Annual administration and progress report of the Indian Medical Department, Bombay
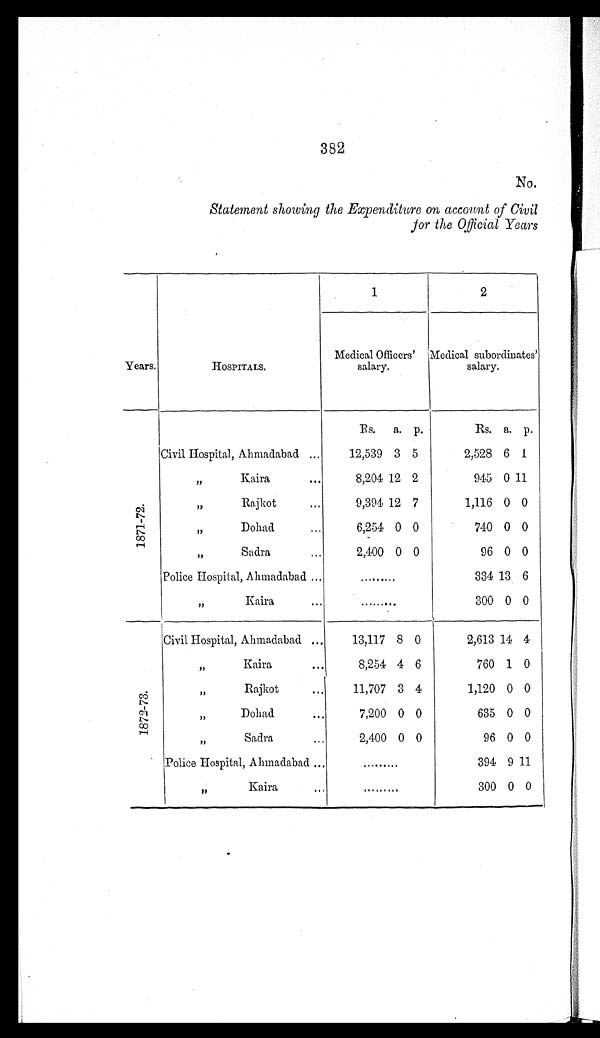
382
No.
Statement showing the Expenditure on account of Civil
for the Official Years
Years.
H O S P I T A L S .
1
2
Medical Officers'
salary.
Medical subordinates'
salary.
1 8 7 1 - 7 2 .
Rs.
a.
p.
Rs.
a.
p.
Civil Hospital, Ahmadabad . . .
12,539 3
5
2,528 6
1
" Kaira . . .
8,204 12 2
945 0 11
" Rajkot . . .
9,394 12
7
1,116 0 0
" Dohad . . .
6,254 0 0
740 0 0
" S a d r a . . .
2 , 4 0 0 0 0
96 0 0
Police Hospital, Ahmadabad . . .
. . .
334 13
6
" Kaira . . .
. . .
300 0 0
1 8 7 2 - 7 3 .
Civil Hospital, Ahmadabad . . .
13,117 8 0
2,613 14 4
" K a i r a . . .
8,254 4 6
760
1
0
" Rajkot . . .
11,707
3 4
1,120 0 0
" D o h a d . . .
7,200 0 0
635 0 0
" S a d r a . . .
2 , 4 0 0 0 0
96 0 0
Police Hospital, Ahmadabad . . .
. . .
394 9 11
" Kaira . . .
. . .
300 0 0